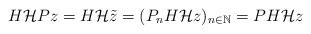
LaTeX: \begin{align*}H\mathcal{H}Pz=H\mathcal{H}\tilde{z}=(P_nH\mathcal{H}z)_{n\in\mathbb{N}}=PH\mathcal{H}z\end{align*}